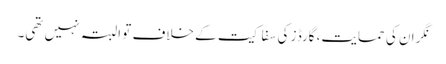
نگران کی حمایت، گارڈز کی سفاکیت کے خلاف تو البتہ نہیں تھی۔